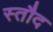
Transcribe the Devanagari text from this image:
स्तौद